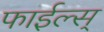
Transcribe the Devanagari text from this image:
फाईल्स्